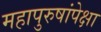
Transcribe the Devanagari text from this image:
महापुरुषांपेक्षा